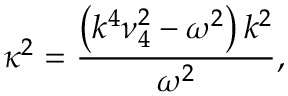
\kappa ^ { 2 } = \frac { \left( k ^ { 4 } \nu _ { 4 } ^ { 2 } - \omega ^ { 2 } \right) k ^ { 2 } } { \omega ^ { 2 } } ,